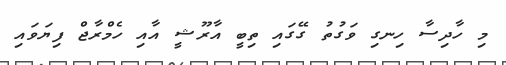
މި ހާދިސާ ހިނގި ވަގުތު ގޭގައި ތިބީ އާރޫޝީ އާއި ހެމްރާޖް ފިޔަވައި